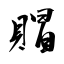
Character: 賵